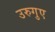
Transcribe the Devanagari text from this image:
उरुगुए